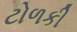
ટોળકી